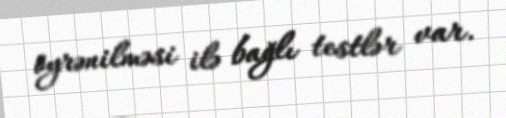
öyrənilməsi ilə bağlı testlər var.